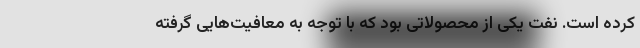
کرده است. نفت یکی از محصولاتی بود که با توجه به معافیت‌هایی گرفته